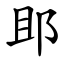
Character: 䢸